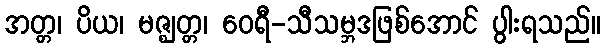
အတ္တ၊ ပိယ၊ မဇ္ဈတ္တ၊ ဝေရီ-သီသမ္ဘဒဖြစ်အောင် ပွါးရသည်။